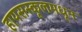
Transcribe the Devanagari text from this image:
हायसस्कूलमधून